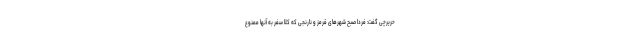
حریرچی گفت: فردا صبح شهرهای قرمز و نارنجی که کلا سفر به آنها ممنوع